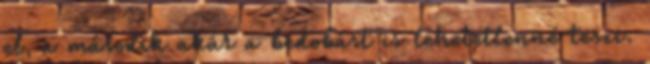
el, a második akár a bedobást is lehetetlenné teszi.